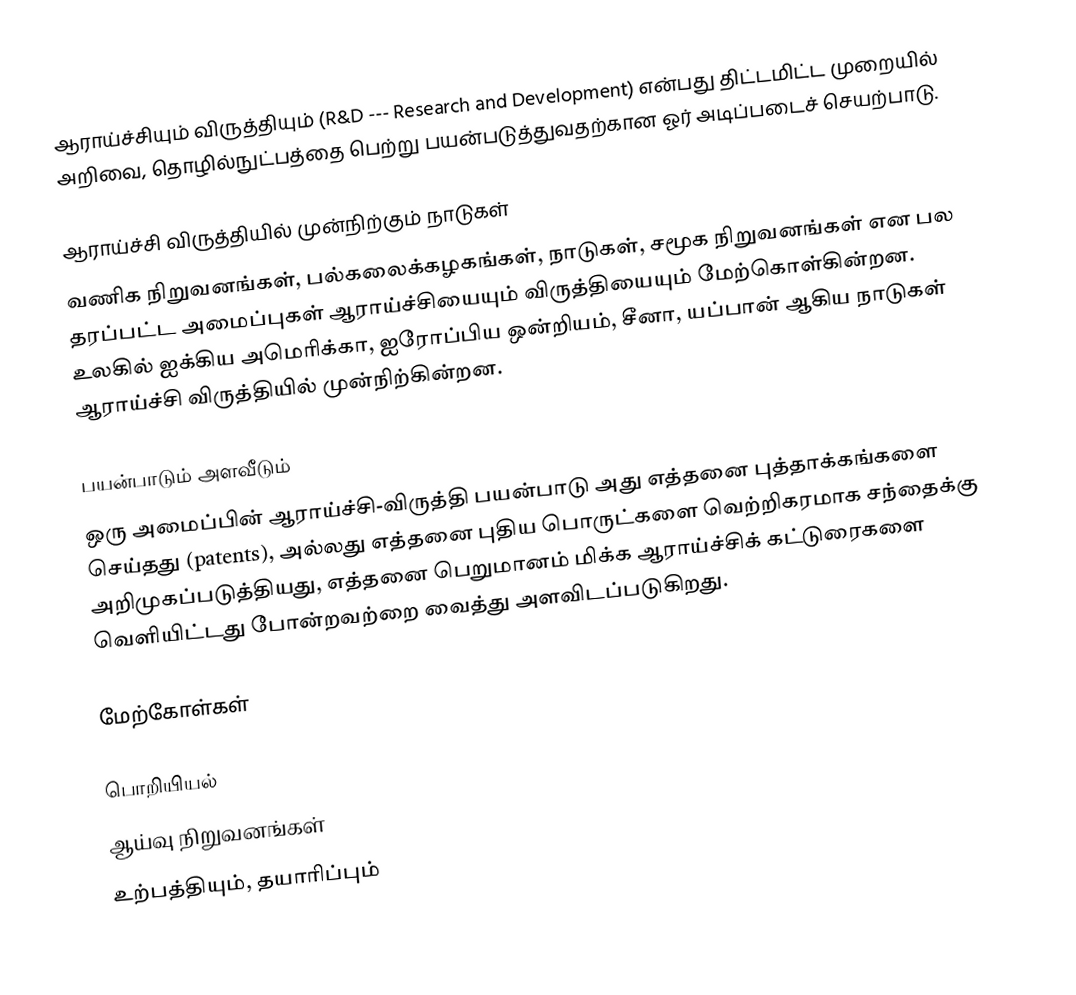
ஆராய்ச்சியும் விருத்தியும் (R&D --- Research and Development) என்பது திட்டமிட்ட முறையில் அறிவை, தொழில்நுட்பத்தை பெற்று பயன்படுத்துவதற்கான ஓர் அடிப்படைச் செயற்பாடு.

ஆராய்ச்சி விருத்தியில் முன்நிற்கும் நாடுகள்
வணிக நிறுவனங்கள், பல்கலைக்கழகங்கள், நாடுகள், சமூக நிறுவனங்கள் என பல தரப்பட்ட அமைப்புகள் ஆராய்ச்சியையும் விருத்தியையும் மேற்கொள்கின்றன. உலகில் ஐக்கிய அமெரிக்கா, ஐரோப்பிய ஒன்றியம், சீனா, யப்பான் ஆகிய நாடுகள் ஆராய்ச்சி விருத்தியில் முன்நிற்கின்றன.

பயன்பாடும் அளவீடும்
ஒரு அமைப்பின் ஆராய்ச்சி-விருத்தி பயன்பாடு அது எத்தனை புத்தாக்கங்களை செய்தது (patents), அல்லது எத்தனை புதிய பொருட்களை வெற்றிகரமாக சந்தைக்கு அறிமுகப்படுத்தியது, எத்தனை பெறுமானம் மிக்க ஆராய்ச்சிக் கட்டுரைகளை வெளியிட்டது போன்றவற்றை வைத்து அளவிடப்படுகிறது.

மேற்கோள்கள்

பொறியியல்
ஆய்வு நிறுவனங்கள்
உற்பத்தியும், தயாரிப்பும்